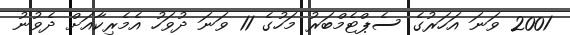
2001 ވަނަ އަހަރުގެ ސެޕްޓެމްބަރު މަހުގެ 11 ވަނަ ދުވަހު އެމެރިކާއަށް ދެވުނު